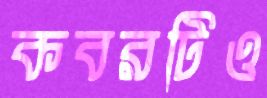
কবরটিও